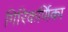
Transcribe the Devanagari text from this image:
गिरिकर्णिका